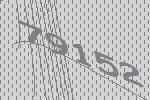
79152